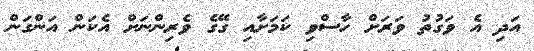
އަދި އެ ވަގުތު ވަރަށް ހާސްވި ކަމަށާއި ގޭގެ ވެރިންނަށް އެކަން އަންގަން